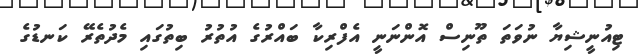
ޓިއުނީޝިޔާ ނުވަތަ ތޫނިސް އޮންނަނީ އެފްރިކާ ބައްރުގެ އުތުރު ބިތުގައި މެދުތެރޭ ކަނޑުގެ